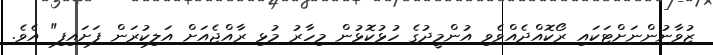
ޒުވާނުންނަށްޓަކައި ރޯކޮއްދެއްވެވި އުންމީދުގެ ހުޅުކޮޅުން މިހާރު މުޅި ރާއްޖެއަށް އަލިކުރަން ފަށައިފި" އެވެ.